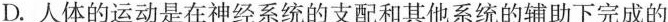
D. 人体的运动是在神经系统的支配和其他系统的辅助下完成的